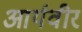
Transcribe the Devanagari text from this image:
आर्यवीर